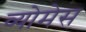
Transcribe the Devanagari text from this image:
व्योमेस